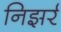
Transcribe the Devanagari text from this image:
निझर्र